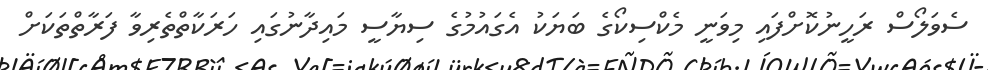
ސެވަލޯސް ރަހީނުކޮށްފައި މިވަނީ މެކްސިކޯގެ ބަޔަކު އެގައުމުގެ ސިޔާސީ މައިދާނުގައި ހަރަކާތްތެރިވާ ފަރާތްތަކަށް